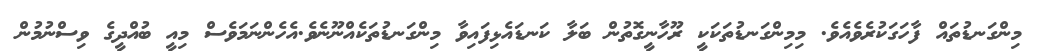
މިންގަނޑުތައް ފާހަގަކުރެވެއެވެ. މިމިންގަނޑުތަކަކީ ރޫހާނީގޮތުން ބަލާ ކަނޑައެޅިފައިވާ މިންގަނޑުތަކެއްނޫނެވެ.އެހެންނަމަވެސް މިއީ ބުއްދީގެ ވިސްނުމުން